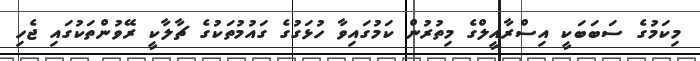
މިކަމުގެ ސަބަބަކީ އިސްރާއީލްގެ މިތުރުން ކަމުގައިވާ ހުޅަގުގެ ގައުމުތަކުގެ ޗާލާކީ ރޭވުންތަކުގައި ޖެހި